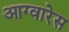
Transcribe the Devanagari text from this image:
आग्वारेस